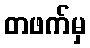
တဖက်မှ